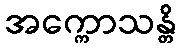
အက္ကောသန္တိ